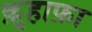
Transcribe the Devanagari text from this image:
क़ुहाफ़ा